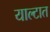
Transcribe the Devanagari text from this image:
याल्टात